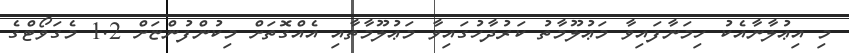
މި އިޢުލާނާއެކު ހިމަނާފައިވާ މަޢުލޫމާތު ކަރުދާހުގައިވާ މަޢުލޫމާތާއި އެއްގޮތަށް މިކުންފުންޏަށް 1.2 މެގަވޯޓްގެ